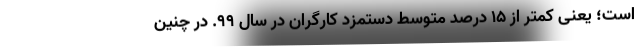
است؛ یعنی کمتر از ۱۵ درصدِ متوسط دستمزد کارگران در سال ۹۹. در چنین